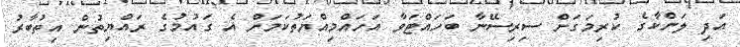
އަދި ލަންކާގެ ކުރިމަގަށް ސިރިސޭނާ ބަހައްޓަވާ އަހައްމިއްޔަތުކަމަށް އެ ގައުމުގެ ރައްޔިތުން އިތުބާރު